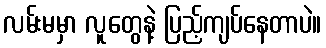
လမ်းမမှာ လူတွေနဲ့ ပြည့်ကျပ်နေတာပဲ။